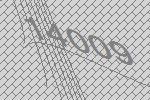
14009